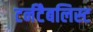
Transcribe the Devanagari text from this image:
टर्नटैबलिस्ट